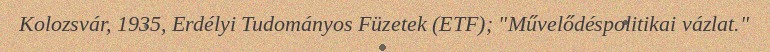
Kolozsvár, 1935, Erdélyi Tudományos Füzetek (ETF); "Művelődéspolitikai vázlat."